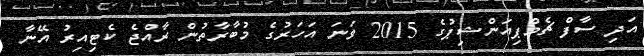
އަދި ސާފް ޗެމްޕިއަންޝިޕުގެ 2015 ވަނަ އަހަރުގެ މުބާރާތުން ރާއްޖެ ކެޓިއިރު އޭނާ